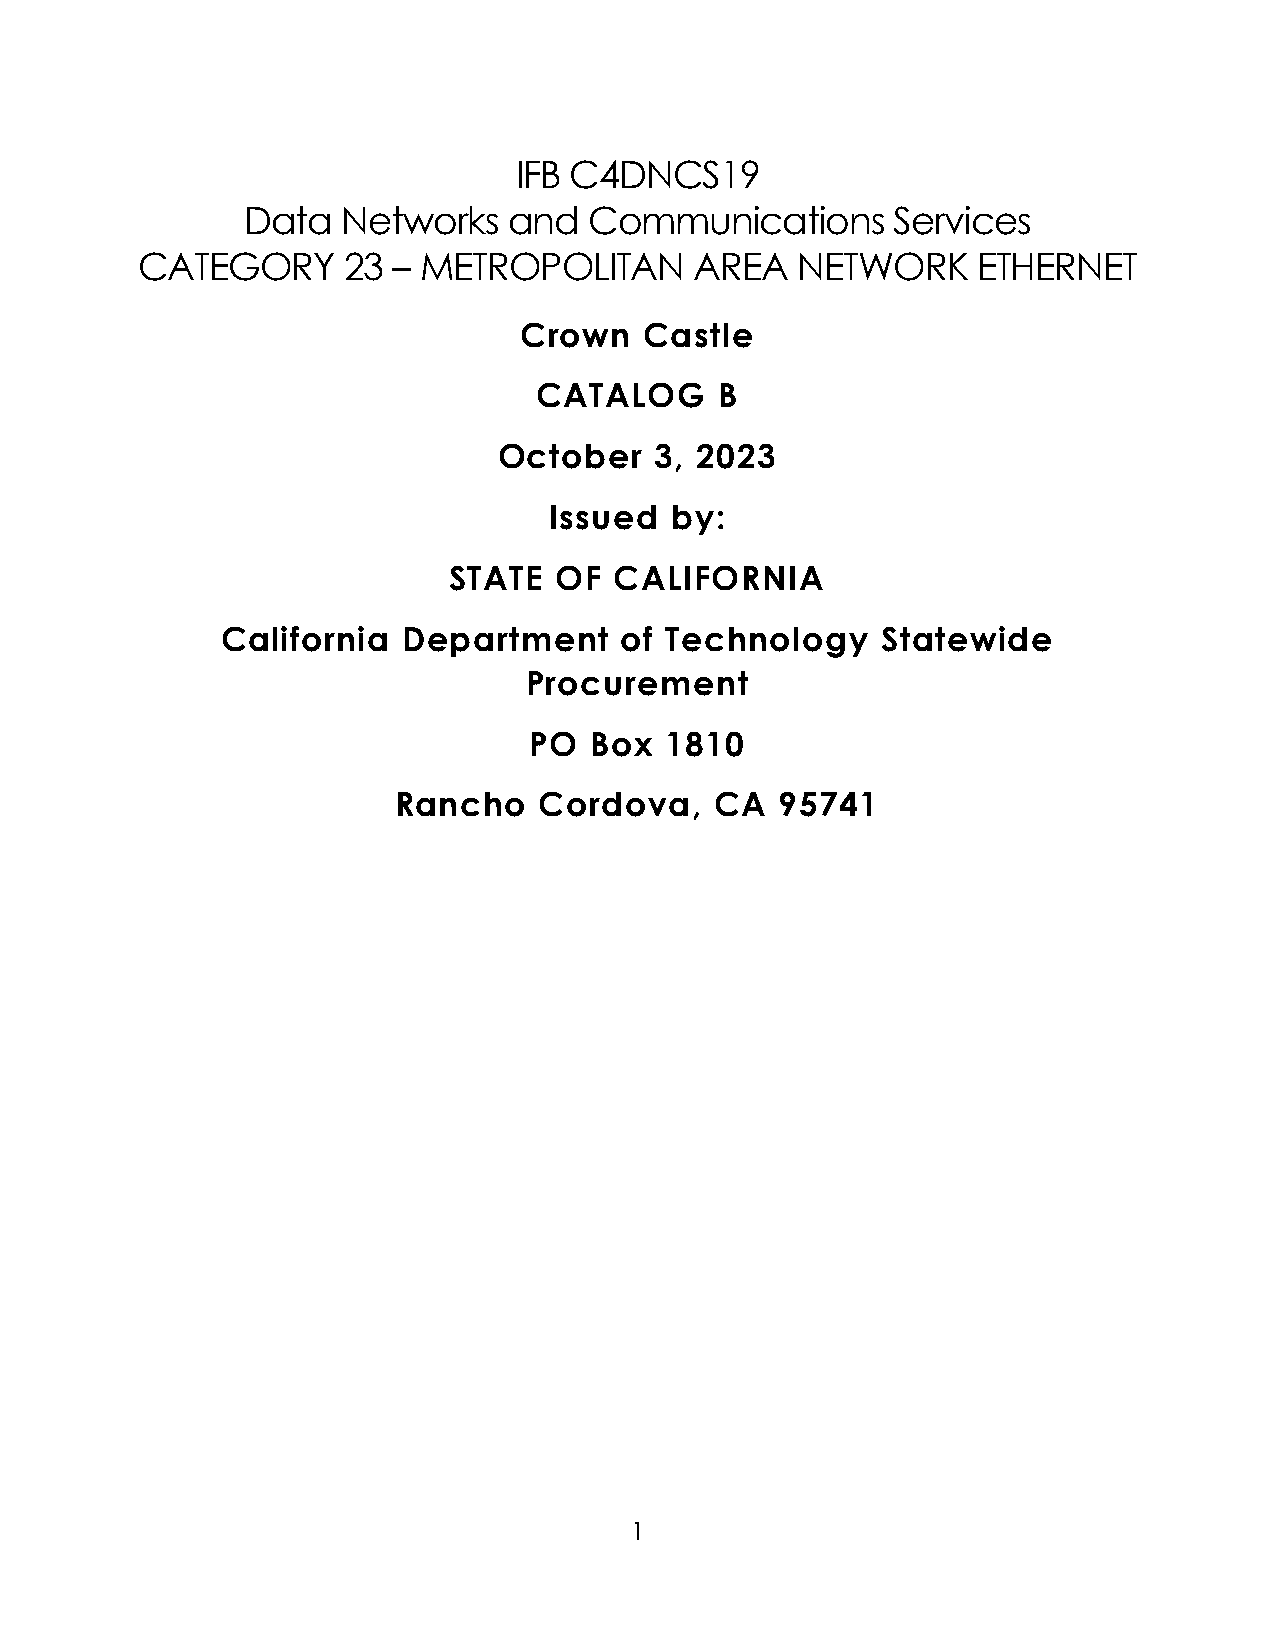
IFB C4DNCS19
 Data   Networks   and  Communications      Services
 CATEGORY      23 – METROPOLITAN      AREA   NETWORK     ETHERNET
 Crown    Castle
 CATALOG     B
 October   3, 2023
 Issued  by:
 STATE  OF  CALIFORNIA
 California  Department    of Technology    Statewide
 Procurement
 PO  Box  1810
 Rancho    Cordova,   CA   95741
 1